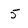
Character: 5